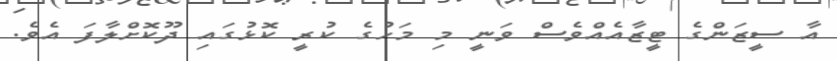
އާ ސީޒަންގެ ޓީޒާއެއްވެސް ވަނީ މި މަހުގެ ކުރީ ކޮޅުގައި ދޫކޮށްލާފަ އެވެ.